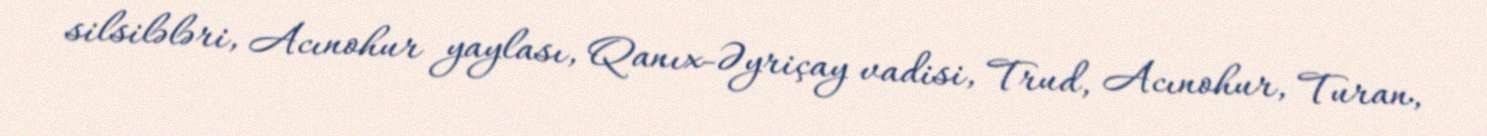
silsilələri, Acınohur yaylası, Qanıx-Əyriçay vadisi, Trud, Acınohur, Turan,